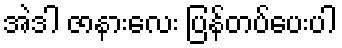
အဲဒါ ဇာနားလေး ပြန်တပ်ပေးပါ